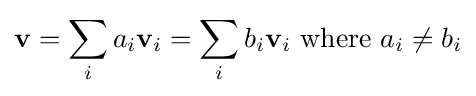
\mathbf {v} =\sum _{i}a_{i}\mathbf {v} _{i}=\sum _{i}b_{i}\mathbf {v} _{i}{\text{ where }}a_{i}\neq b_{i}